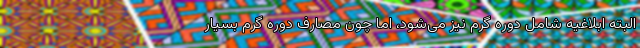
البته ابلاغیه شامل دوره گرم نیز می‌شود، اما چون مصارف دوره گرم بسیار